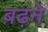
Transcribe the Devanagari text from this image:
ब़ढ़ने